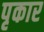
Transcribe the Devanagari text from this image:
पृकार